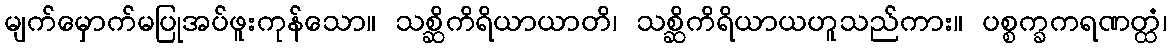
မျက်မှောက်မပြုအပ်ဖူးကုန်သော။ သစ္ဆိကိရိယာယာတိ၊ သစ္ဆိကိရိယာယဟူသည်ကား။ ပစ္စက္ခကရဏတ္ထံ၊